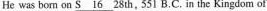
He was bom on \underline{S16} 28 th, 551 B.C. in the Kingdom of